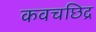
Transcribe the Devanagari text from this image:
कवचछिद्र